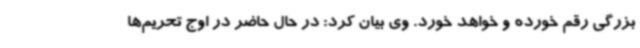
بزرگی رقم خورده و خواهد خورد. وی بیان کرد: در حال حاضر در اوج تحریم‌ها